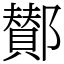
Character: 鄼